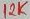
Text: 12K